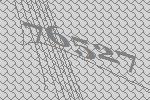
76527